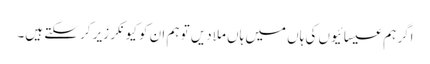
اگر ہم عیسائیوں کی ہاں میں ہاں ملادیں تو ہم ان کو کیونکر زیر کر سکتے ہیں۔